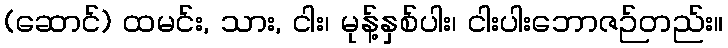
(ဆောင်) ထမင်း, သား, ငါး၊ မုန့်နှစ်ပါး၊ ငါးပါးဘောဇဉ်တည်း။